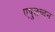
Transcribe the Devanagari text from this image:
एषुत्तच्दन